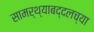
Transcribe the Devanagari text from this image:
सामर्थ्याबद्दलच्या